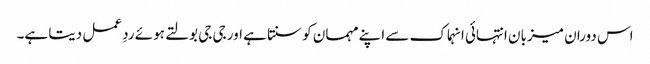
اس دوران میزبان انتہائی انہماک سے اپنے مہمان کو سنتا ہے اور جی جی بولتے ہوئے ردِ عمل دیتا ہے۔